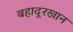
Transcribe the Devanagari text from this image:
बहादूरखान